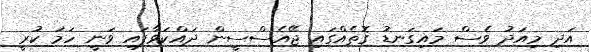
އަދި މިއަދު ވެސް މައިގަނޑު ގޮތެއްގައި ޖޭއެސްސީން ދައްކަވާފައި ވަނީ ހަމަ ކުރީ